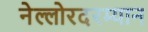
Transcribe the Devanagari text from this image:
नेल्लोरदरम्यान